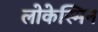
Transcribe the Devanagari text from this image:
लोकेस्मिन